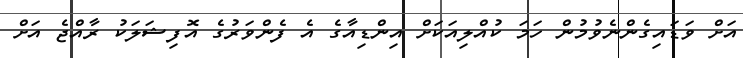
އަށް ވަޑައިގެންނެވުމުން ހަމަ ކުއްލިއަކަށް އިންޑިއާގެ އެ ފެންވަރުގެ އޮފިޝަލަކު ރާއްޖެ އަށް